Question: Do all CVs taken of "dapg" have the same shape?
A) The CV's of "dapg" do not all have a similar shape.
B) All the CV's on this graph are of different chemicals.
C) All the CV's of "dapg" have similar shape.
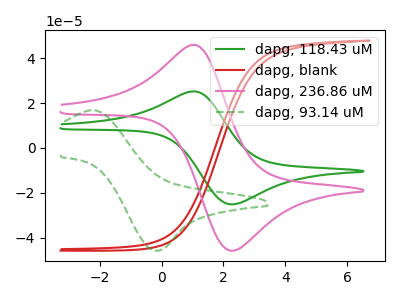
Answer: <think>The green curve "dapg, 118.43 uM" has an anodic peak at (1.10V, 25.20uA) and a cathodic peak at (2.25V, -25.15uA). The red curve "dapg, blank" has no peaks. The pink curve "dapg, 236.86 uM" has an anodic peak at (1.10V, 45.95uA) and a cathodic peak at (2.25V, -45.90uA). The green dashed curve "dapg, 93.14 uM" has an anodic peak at (-2.20V, 16.80uA) and a cathodic peak at (-0.15V, -45.80uA).
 "dapg, 118.43 uM" and "dapg, blank" have a different number of peaks. All the peaks in "dapg, 118.43 uM" have a peak in "dapg, 236.86 uM" at the same potential. Every peak in "dapg, 118.43 uM" is lower than every peak in "dapg, 236.86 uM". "dapg, 118.43 uM" and "dapg, 93.14 uM" have at least one peak that do not match. "dapg, blank" and "dapg, 236.86 uM" have a different number of peaks. "dapg, blank" and "dapg, 93.14 uM" have a different number of peaks. "dapg, 236.86 uM" and "dapg, 93.14 uM" have at least one peak that do not match.</think>
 <answer>C) All the CV's of "dapg" have similar shape.</answer>
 <eval>C</eval>